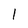
Character: l